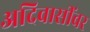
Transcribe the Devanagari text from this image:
अदिवासींवर